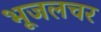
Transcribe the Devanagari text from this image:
भूजलचर